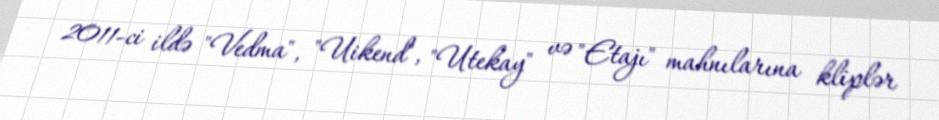
2011-ci ildə "Vedma", "Uikend", "Utekay" və "Etajı" mahnılarına kliplər